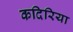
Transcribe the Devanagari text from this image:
कदिरिया